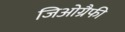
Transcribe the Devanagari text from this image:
जिओग्रैफी